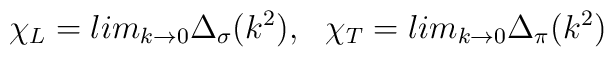
\chi_L =lim_{k \rightarrow 0} \Delta_{\sigma} (k^2),\ \  \chi_T =lim_{k \rightarrow 0} \Delta_{\pi} (k^2)